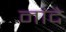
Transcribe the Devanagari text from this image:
नांदे